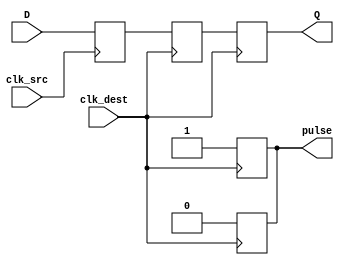
module pulsed_synchronizer #(
    parameter WIDTH = 1  // Width of the data signal
)(
    input wire [WIDTH-1:0] D,          // Data input from source clock domain
    input wire clk_src,                 // Clock input from source clock domain
    input wire clk_dest,                // Clock input for destination clock domain
    output reg [WIDTH-1:0] Q,           // Synchronized output in destination clock domain
    output reg pulse                    // Pulsed control signal to indicate valid output
);

    // Internal signals for double flop synchronization
    reg [WIDTH-1:0] sync_ff1;           // First flip-flop output
    reg [WIDTH-1:0] sync_ff2;           // Second flip-flop output

    // First flip-flop: capture data on clk_src
    always @(posedge clk_src) begin
        sync_ff1 <= D;                  // Sample data on clk_src
    end

    // Second flip-flop: capture data on clk_dest
    always @(posedge clk_dest) begin
        sync_ff2 <= sync_ff1;           // Sample the output of FF1 on clk_dest
        Q <= sync_ff2;                  // Output the synchronized data
        pulse <= 1'b1;                  // Generate pulse signal
    end

    // Generate pulse signal for one clock cycle
    always @(posedge clk_dest) begin
        pulse <= 1'b0;                   // Reset pulse at the next clock cycle
    end

endmodule